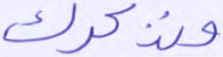
ونذكرك